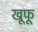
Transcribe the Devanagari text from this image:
खूफू